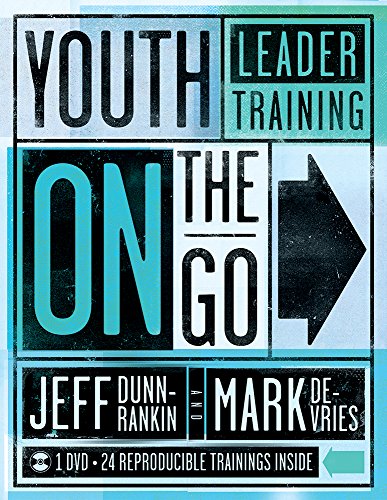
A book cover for Youth Leader Training on the Go; Jeff Dunn-Rankin; Christian Books & Bibles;